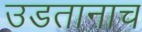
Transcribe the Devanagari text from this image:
उडतानाच